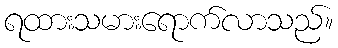
ရထားသမားရောက်လာသည်။